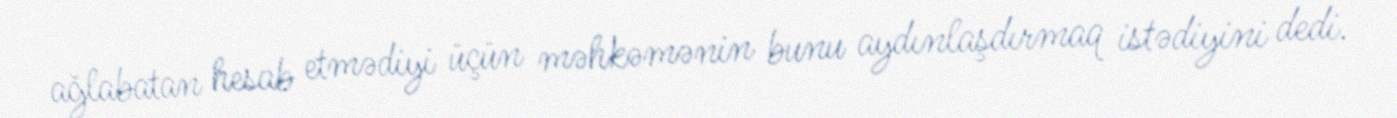
ağlabatan hesab etmədiyi üçün məhkəmənin bunu aydınlaşdırmaq istədiyini dedi.